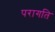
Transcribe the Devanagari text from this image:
परागति